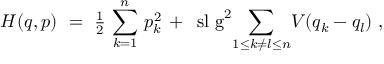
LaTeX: H ( q , p ) ~ = ~ { \textstyle { \frac { 1 } { 2 } } } \, \sum _ { k = 1 } ^ { n } \, p _ { k } ^ { 2 } \, + \, \mathrm { \ s l ~ g } ^ { 2 } \! \sum _ { 1 \leq k \neq l \leq n } \! V ( q _ { k } - q _ { l } ) ~ ,